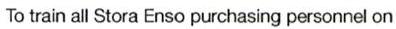
To train all Stora Enso purchasing personnel on